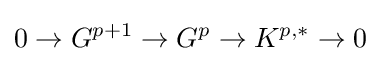
0\to G^{p+1}\to G^{p}\to K^{p,*}\to 0